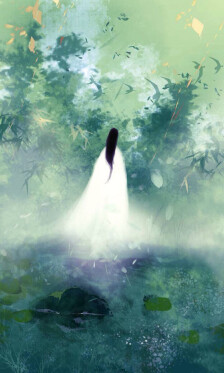
半竿落日，两行新雁，一叶扁舟。